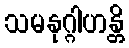
သမနုဂ္ဂါဟန္တိ